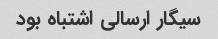
سیگار ارسالی اشتباه بود